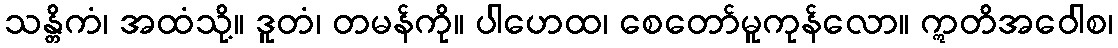
သန္တိကံ၊ အထံသို့။ ဒူတံ၊ တမန်ကို။ ပါဟေထ၊ စေတော်မူကုန်လော။ ဣတိအဝေါစ၊